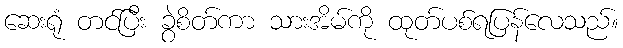
ဆေးရုံ တင်ပြီး ခွဲစိတ်ကာ သားအိမ်ကို ထုတ်ပစ်ရပြန်လေသည်။